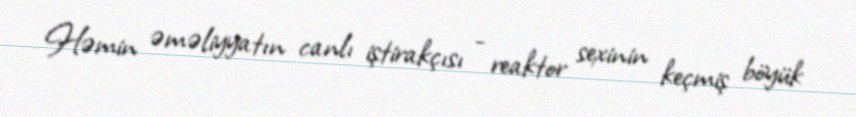
Həmin əməliyyatın canlı iştirakçısı - reaktor sexinin keçmiş böyük